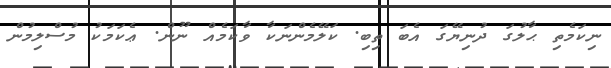
ނިކަމެތި ޙާލުގަ ދުނިޔޭގަ އެބަ ތިބި. ކަލޭމެންނަކާ ވާކަމެއް ނޫން. ޢެކަމަކު މުސްލިމުން